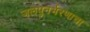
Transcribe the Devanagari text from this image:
जलपुनर्भरणाचा